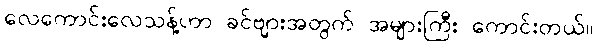
လေကောင်းလေသန့်ဟာ ခင်ဗျားအတွက် အများကြီး ကောင်းတယ်။